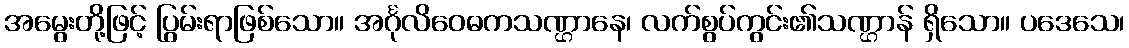
အမွေးတို့ဖြင့် ပြွမ်းရာဖြစ်သော။ အင်္ဂုလိဝေဓကသဏ္ဌာနေ၊ လက်စွပ်ကွင်း၏သဏ္ဌာန် ရှိသော။ ပဒေသေ၊